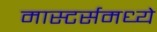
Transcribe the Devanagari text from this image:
मास्टर्समध्ये